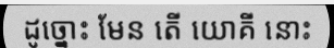
ដូច្នោះ មែន តើ យោគី នោះ